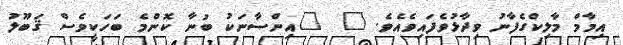
އިމާމް މާލިކްގެފާނު ވިދާޅުވެފައިވެއެވެ. "  "އިންސާނަކު ބުނާ ކޮންމެ ބަހަކީވެސް ޤަބޫލު